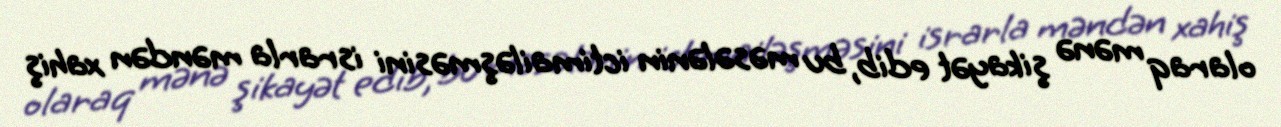
olaraq mənə şikayət edib, bu məsələnin ictimailəşməsini israrla məndən xahiş